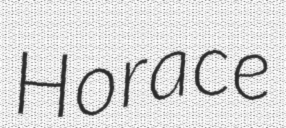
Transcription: Horace